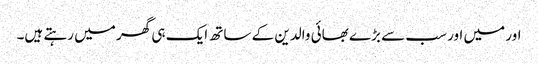
اور میں اور سب سے بڑے بھائی والدین کے ساتھ ایک ہی گھر میں رہتے ہیں۔